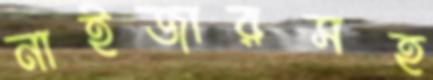
নাইজারসহ